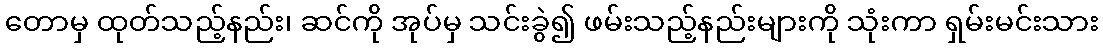
တောမှ ထုတ်သည့်နည်း၊ ဆင်ကို အုပ်မှ သင်းခွဲ၍ ဖမ်းသည့်နည်းများကို သုံးကာ ရှမ်းမင်းသား